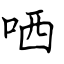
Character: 哂